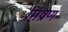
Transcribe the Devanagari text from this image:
मिष्रण